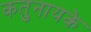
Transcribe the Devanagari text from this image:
कतुनायके